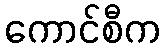
ကောင်စီက